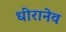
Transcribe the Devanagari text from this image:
धीरानेव